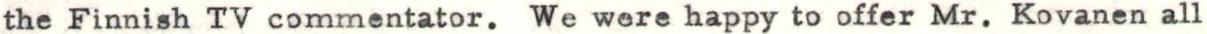
the Finnish TV commentator. We were happy to offer Mr. Kovanen all